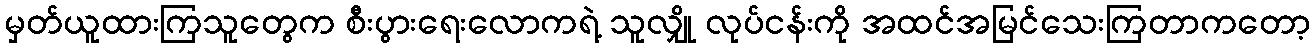
မှတ်ယူထားကြသူတွေက စီးပွားရေးလောကရဲ့ သူလျှို လုပ်ငန်းကို အထင်အမြင်သေးကြတာကတော့